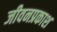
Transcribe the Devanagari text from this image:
जीवनप्रकाश